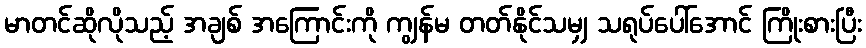
မာတင်ဆိုလိုသည့် အချစ် အကြောင်းကို ကျွန်မ တတ်နိုင်သမျှ သရုပ်ပေါ်အောင် ကြိုးစားပြီး